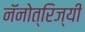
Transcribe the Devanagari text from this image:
नॅनोत्रिज्यी